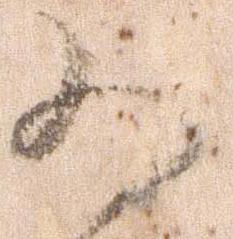
為